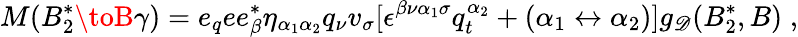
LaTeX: M(B_{2}^{*}\toB\gamma)=e_{q}ee_{\beta}^{*}\eta_{\alpha_{1}\alpha_{2}}q_{\nu}v_{\sigma}[\epsilon^{\beta\nu{\alpha_{1}}\sigma}q_{t}^{\alpha_{2}}+(\alpha_{1}\leftrightarrow\alpha_{2})]g_{\mathscr{D}}(B_{2}^{*},B)\; ,